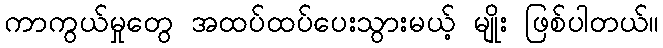
ကာကွယ်မှုတွေ အထပ်ထပ်ပေးသွားမယ့် မျိုး ဖြစ်ပါတယ်။